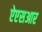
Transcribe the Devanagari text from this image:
ऐएसआर